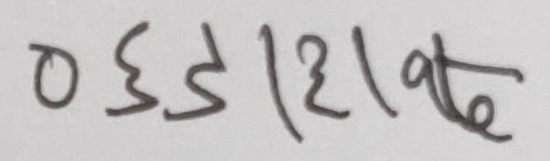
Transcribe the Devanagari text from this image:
०३३५१२१ate